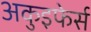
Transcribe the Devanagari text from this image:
अकुइफेर्स